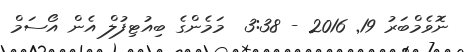
ނޮވެމްބަރު 19